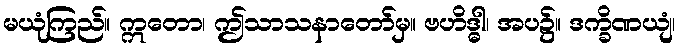
မယုံကြည်။ ဣတော၊ ဤသာသနာတော်မှ။ ဗဟိဒ္ဓါ၊ အပ၌။ ဒက္ခိဏယျံ၊